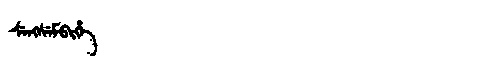
Manchu: ᠰᡝᠩᠰᡝᠮᠪᡳᡥᡝ
Romanization: SENGSEMBIHE